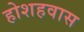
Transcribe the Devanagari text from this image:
होशहवास